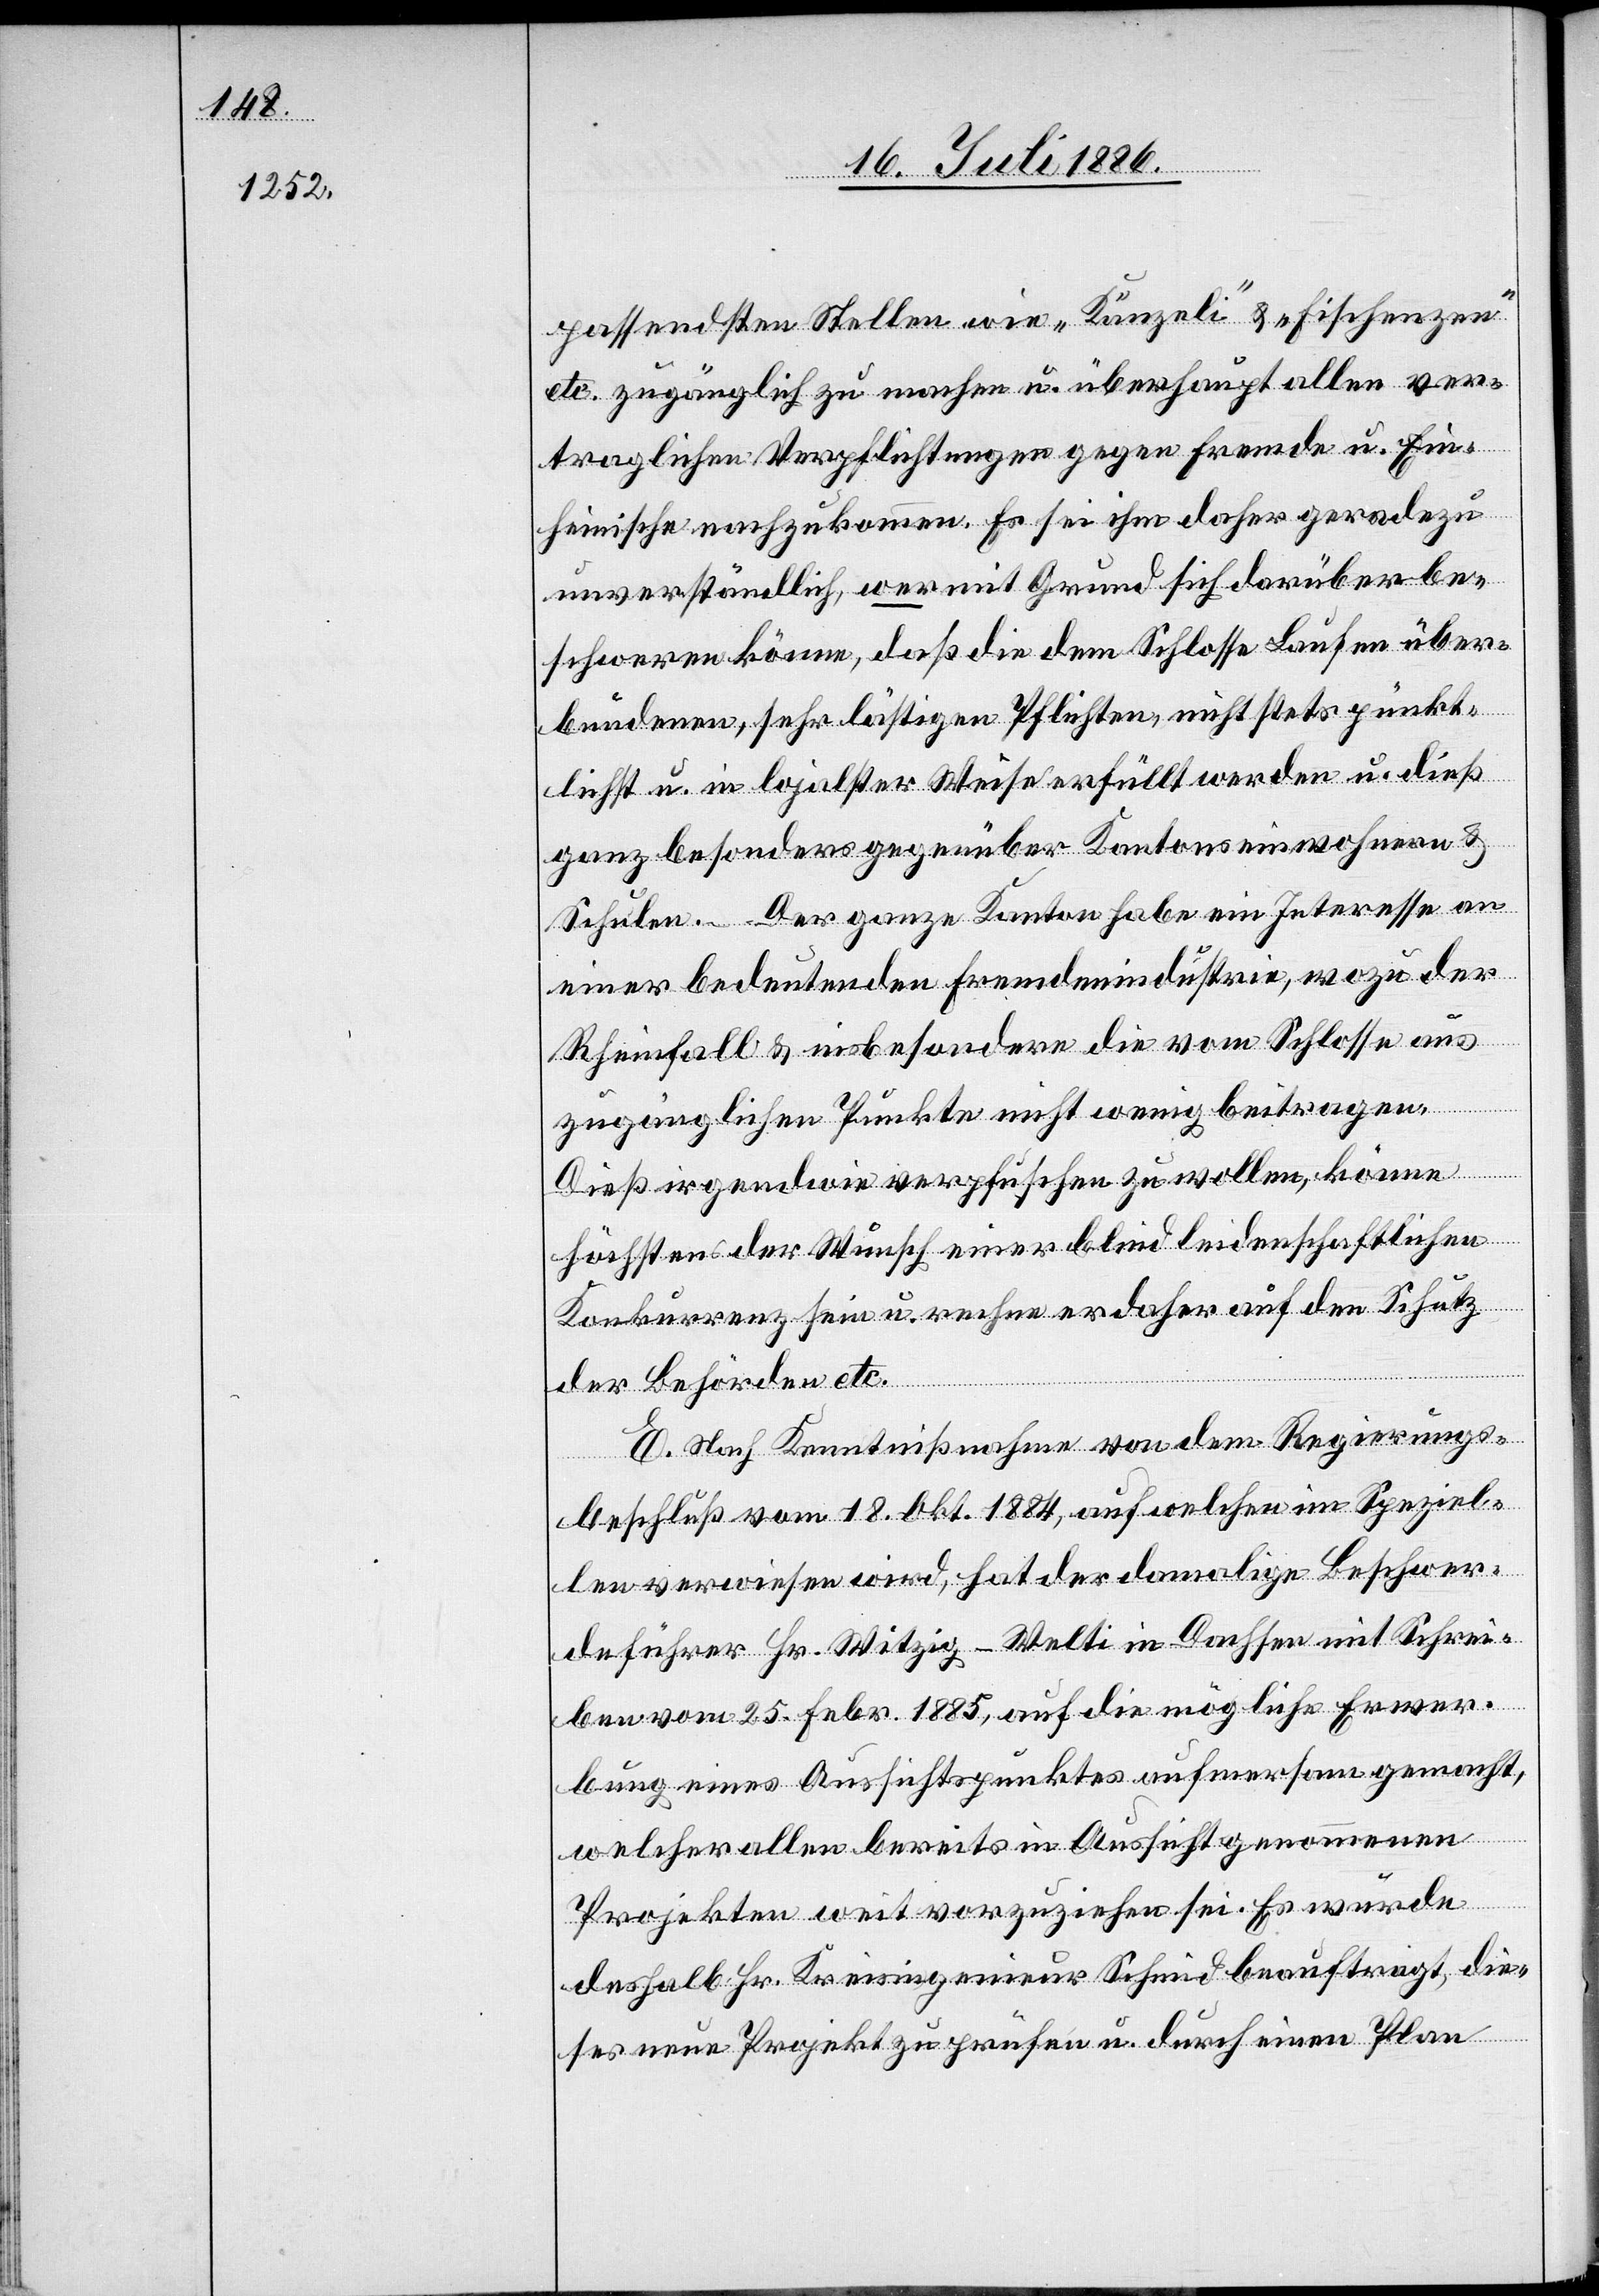
passendsten Stellen wie „Känzeli“ & „Fischenzen“
etc. zugänglich zu machen u. überhaupt allen ver¬
traglichen Verpflichtungen gegen Fremde u. Ein¬
heimische nachzukommen. Es sei ihm daher geradezu
unverständlich, wer mit Grund sich darüber be¬
schweren könne, daß die dem Schlosse Laufen über¬
bundenen, sehr lästigen Pflichten, nicht stets pünkt¬
lichst u. in lojalster Weise erfüllt werden u. dieß
ganz besonders gegenüber Kantonseinwohnern &
Schulen. – Der ganze Kanton habe ein Interesse an
einer bedeutenden Fremdenindustrie, wozu der
Rheinfall & insbesondere die vom Schlosse aus
zugänglichen Punkte nicht wenig beitragen.
Dieß irgendwie verpfuschen zu wollen, könne
höchstens der Wunsch einer blind leidenschaftlichen
Konkurrenz sein u. rechne er daher auf den Schutz
der Behörden etc.
E. Nach Kenntnißnahme von dem Regierungs¬
beschluß vom 18. Okt. 1884, auf welchen im Speziel¬
len verwiesen wird, hat der damalige Beschwer¬
deführer Hr. Witzig-Welti in Dachsen mit Schrei¬
ben vom 25. Febr. 1885, auf die mögliche Erwer¬
bung eines Aussichtspunktes aufmerksam gemacht,
welcher allen bereits in Aussicht genommenen
Projekten weit vorzuziehen sei. Es würde
deshalb Hr. Kreisingenieur Schmid beauftragt, die¬
ses neue Projekt zu prüfen u. durch einen Plan